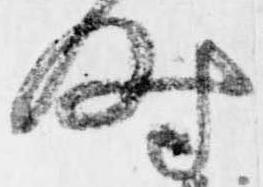
時